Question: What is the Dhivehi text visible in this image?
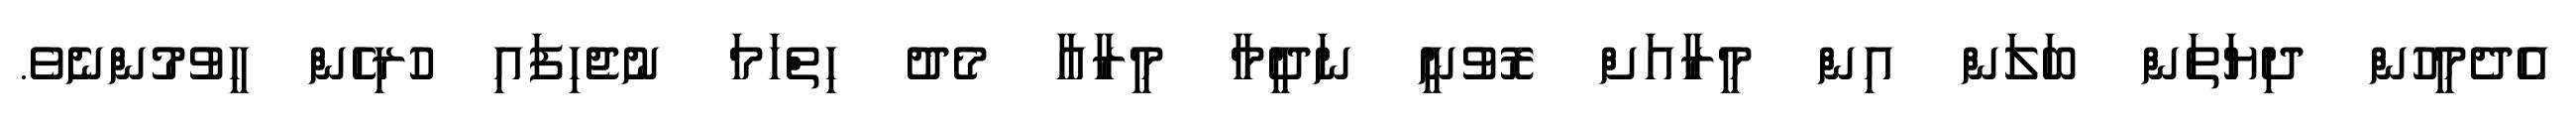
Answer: އެދެމީހުން ދިޔަތަން ބަލަން އިން މީރާއަށް ރޮވުނީ ނަދީމާ މީރާއާ މެދު ހިތްހަމަ ނުޖެހިފައި ހުރިހެން ހީވުމުންނެވެ.